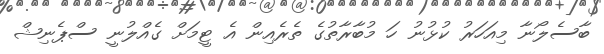
ބާސެލޯނާ މިއަހަރު ކުޅުނު ހަ މުބާރާތުގެ ތެރެއިން އެ ޓީމަށް ގެއްލުނީ ސްޕެނިޝް